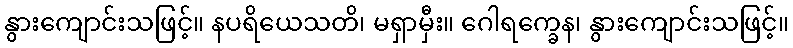
နွားကျောင်းသဖြင့်။ နပရိယေသတိ၊ မရှာမှီး။ ဂေါရက္ခေန၊ နွားကျောင်းသဖြင့်။